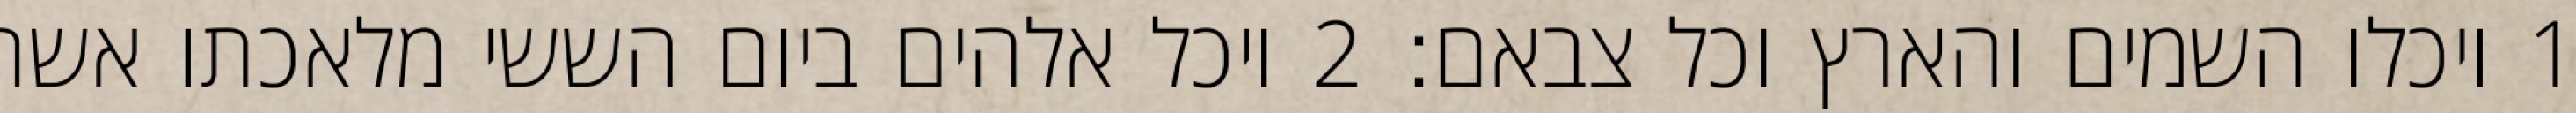
1 ויכלו השמים והארץ וכל צבאם׃ ‎2‏ ויכל אלהים ביום הששי מלאכתו אשר